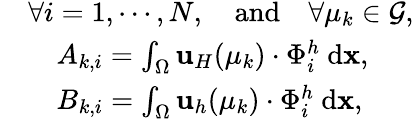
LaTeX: \begin{array}{rl}&{\forall i=1,\cdots,N,\quad\textrm{and}\quad\forall\mu_{k}\in\mathcal{G},}\\ &{\quad A_{k,i}=\int_{\Omega}\mathbf{u}_{H}(\mu_{k})\cdot\Phi_{i}^{h}\ \textrm{d}\textbf{x},}\\ &{\quad B_{k,i}=\int_{\Omega}\mathbf{u}_{h}(\mu_{k})\cdot\Phi_{i}^{h}\ \textrm{d}\textbf{x},}\end{array}